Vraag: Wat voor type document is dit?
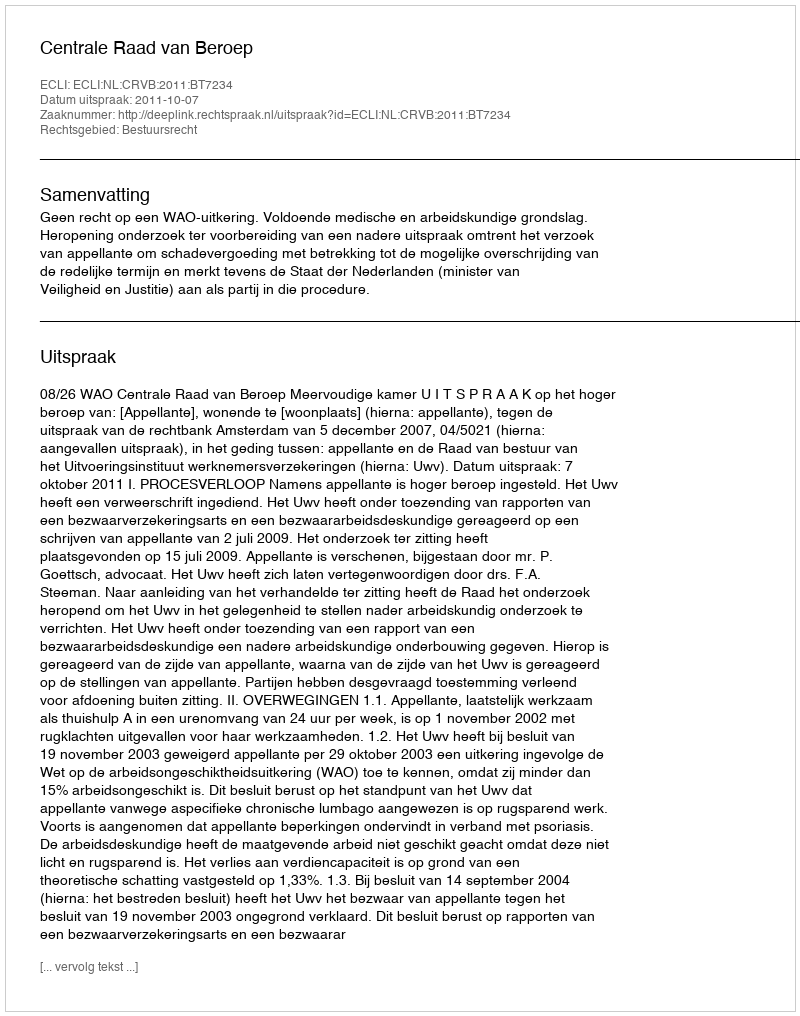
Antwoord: Uitspraak